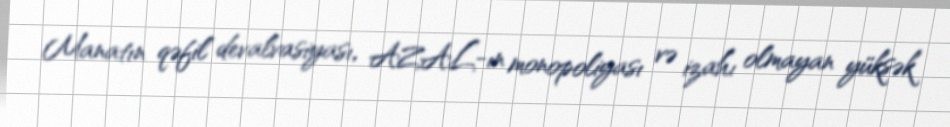
Manatın qəfil devalvasiyası, AZAL-ın monopoliyası və izahı olmayan yüksək